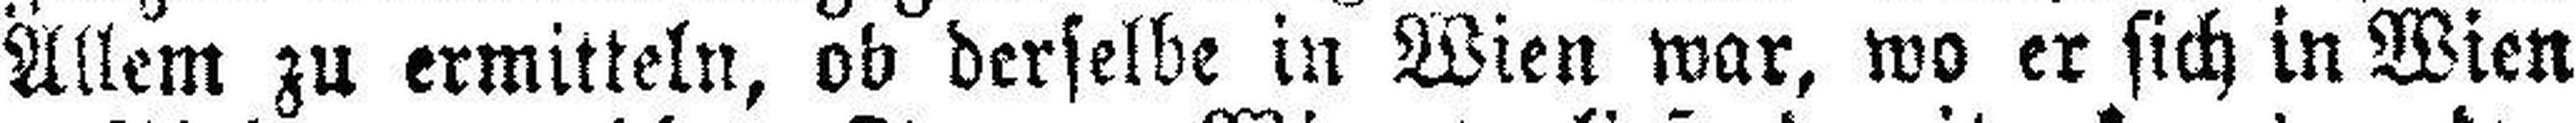
Allem zu ermitteln, ob derselbe in Wien war, wo er sich in Wien